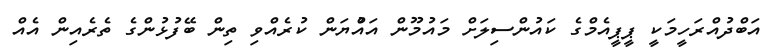
އަބްދުއްރަހީމަކީ ޕީޕީއެމްގެ ކައުންސިލަށް މައުމޫން އައްުޔަން ކުރެއްވި ތިން ބޭފުޅުންގެ ތެރެއިން އެއް